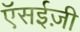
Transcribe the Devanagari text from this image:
ऍसईज़ी